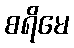
စရိမေ